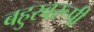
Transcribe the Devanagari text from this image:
बहुस्वरूपी